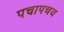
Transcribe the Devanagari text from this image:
पचापचय